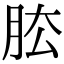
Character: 𦚁